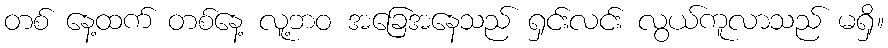
တစ် နေ့ထက် တစ်နေ့ လူ့ဘဝ အခြေအနေသည် ရှင်းလင်း လွယ်ကူလာသည် မရှိ။